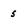
Character: 5